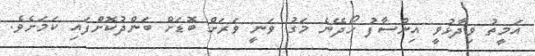
އަމީތު ވިދާޅުވީ އިންސާފު ހޯދޭނެ މަގު ވަނީ ވަރަށް ބޮޑަށް ބަންދުކޮށްފައި ކަމަށެވެ.